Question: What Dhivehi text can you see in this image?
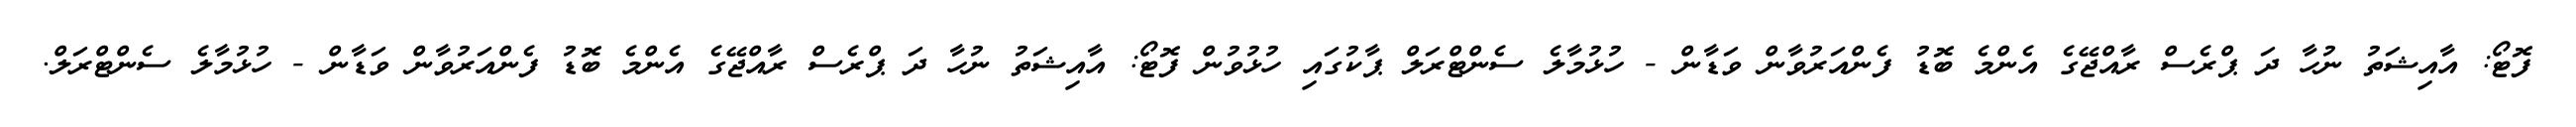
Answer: ފޮޓޯ: އާއިޝަތު ނުހާ ދަ ޕްރެސް ރާއްޖޭގެ އެންމެ ބޮޑު ފެންއަރުވާން ވަޑާން - ހުޅުމާލެ ސެންޓްރަލް ޕާކުގައި ހުޅުވުން ފޮޓޯ: އާއިޝަތު ނުހާ ދަ ޕްރެސް ރާއްޖޭގެ އެންމެ ބޮޑު ފެންއަރުވާން ވަޑާން - ހުޅުމާލެ ސެންޓްރަލް.